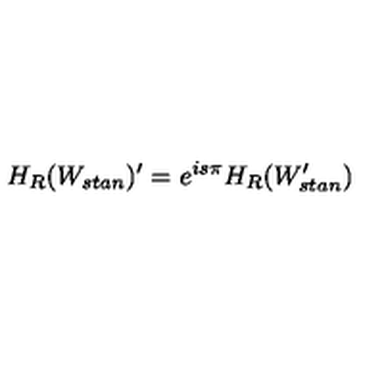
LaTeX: H _ { R } ( W _ { s t a n } ) ^ { \prime } = e ^ { i s \pi } H _ { R } ( W _ { s t a n } ^ { \prime } )